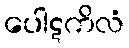
ပေါဋကိလံ